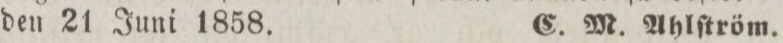
den 21 Juni 1858. C. M. Ahlſtröm.